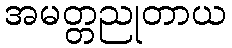
အမတ္တညုတာယ